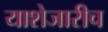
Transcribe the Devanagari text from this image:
याशेजारीच